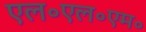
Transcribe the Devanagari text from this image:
एल॰एल॰एम॰